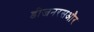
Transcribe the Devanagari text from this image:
डीजनरसऔर